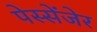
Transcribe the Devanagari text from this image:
पेस्सेंजेर